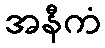
အနီကံ